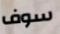
سوف